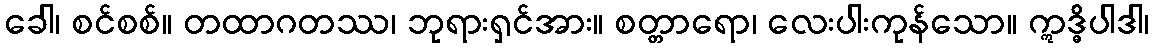
ခေါ၊ စင်စစ်။ တထာဂတဿ၊ ဘုရားရှင်အား။ စတ္တာရော၊ လေးပါးကုန်သော။ ဣဒ္ဓိပါဒါ၊